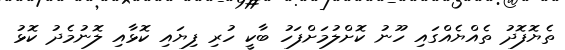
ތެޔޮފޮދު ތެއްޔެއްގައި ހޫނު ކޮށްލުމަށްފަހު ބާކީ ހުރި ފިޔައި ކޮޅާއި ލޮނުމެދު ކޮޅު